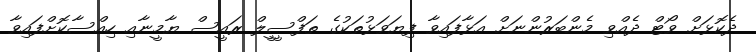
ދެކޮޅަށް ވޯޓް ދެއްވި މެންބަރުންނަށް އަޅާފައިވާ ފިޔަވަޅުތަކުގެ ތަފްސީީލް ރައީސް ޔާމީނާއި ހިއްސާކޮށްފައިވާ